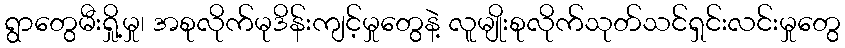
ရွာတွေမီးရှို့မှု၊ အစုလိုက်မုဒိန်းကျင့်မှုတွေနဲ့ လူမျိုးစုလိုက်သုတ်သင်ရှင်းလင်းမှုတွေ